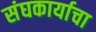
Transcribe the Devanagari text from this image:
संघकार्याचा